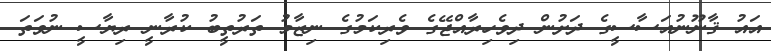
އައު ޤާނޫނުއަސާސީގެ ދަށުން ދިވެހިރާއްޖޭގެ ވެރިކަމުގެ ނިޒާމު ތަރުތީބު ކުރާނީ ރިޔާސީ ނުވަތަ